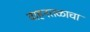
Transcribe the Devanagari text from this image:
वाहनतळाचा